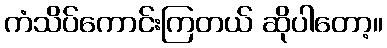
ကံသိပ်ကောင်းကြတယ် ဆိုပါတော့။